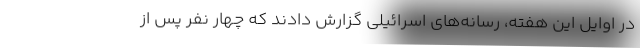
در اوایل این هفته، رسانه‌های اسرائیلی گزارش دادند که چهار نفر پس از